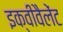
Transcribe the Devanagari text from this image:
इक्वीवैलेंट